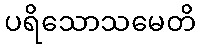
ပရိသောသမေတိ